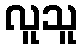
လူသူ